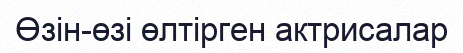
Өзін-өзі өлтірген актрисалар